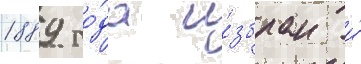
1889 го́да и́збран и́